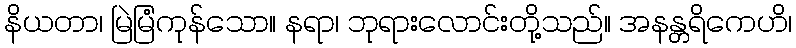
နိယတာ၊ မြဲမြံကုန်သော။ နရာ၊ ဘုရားလောင်းတို့သည်။ အနန္တရိကေဟိ၊